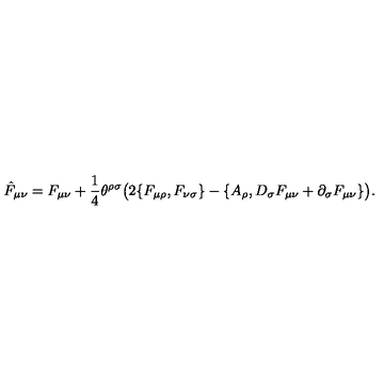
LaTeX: \hat { F } _ { \mu \nu } = F _ { \mu \nu } + { \frac { 1 } { 4 } } \theta ^ { \rho \sigma } \big ( 2 \{ F _ { \mu \rho } , F _ { \nu \sigma } \} - \{ A _ { \rho } , D _ { \sigma } F _ { \mu \nu } + \partial _ { \sigma } F _ { \mu \nu } \} \big ) .